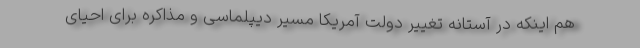
هم اینکه در آستانه تغییر دولت آمریکا مسیر دیپلماسی و مذاکره برای احیای